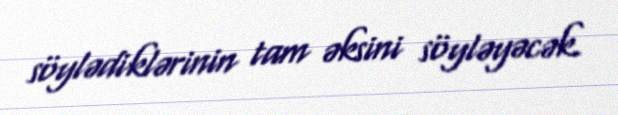
söylədiklərinin tam əksini söyləyəcək.